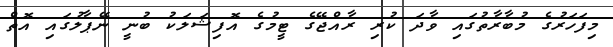
މިފަހަރުގެ މުބާރާތުގައި ވާދަ ކުރި ރާއްޖޭގެ ޓީމުގެ އޮފިޝަލަކު ބުނީ ނޭޕާލުގައި އޮތް